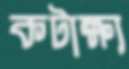
কটাক্ষ্য